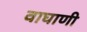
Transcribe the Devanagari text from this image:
वाघाणी